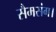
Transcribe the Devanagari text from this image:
सैमसंग।